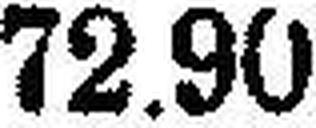
72.90